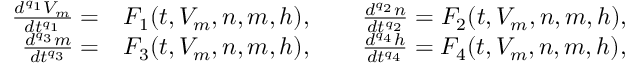
\begin{array} { r l } { \frac { d ^ { q _ { 1 } } V _ { m } } { d t ^ { q _ { 1 } } } = } & { F _ { 1 } ( t , V _ { m } , n , m , h ) , \qquad \frac { d ^ { q _ { 2 } } n } { d t ^ { q _ { 2 } } } = F _ { 2 } ( t , V _ { m } , n , m , h ) , } \\ { \frac { d ^ { q _ { 3 } } m } { d t ^ { q _ { 3 } } } = } & { F _ { 3 } ( t , V _ { m } , n , m , h ) , \qquad \frac { d ^ { q _ { 4 } } h } { d t ^ { q _ { 4 } } } = F _ { 4 } ( t , V _ { m } , n , m , h ) , } \end{array}